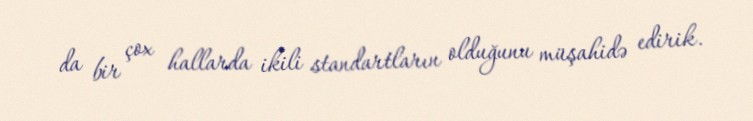
da bir çox hallarda ikili standartların olduğunu müşahidə edirik.